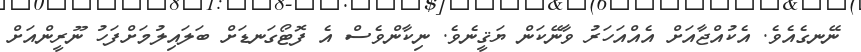
ނޭނގެއެވެ. އެކުއްޖާއަށް އެއްއަހަރު ވާނޭކަން ޔަޤީނެވެ. ނިކާންވެސް އެ ފޮޓޯގަނޑަށް ބަލައިލުމަށްފަހު ނޫރީންއަށް